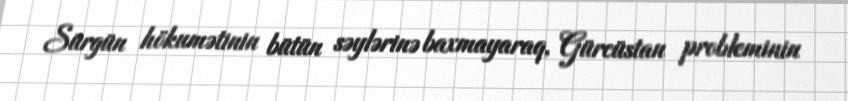
Sürgün hökumətinin bütün səylərinə baxmayaraq, Gürcüstan probleminin